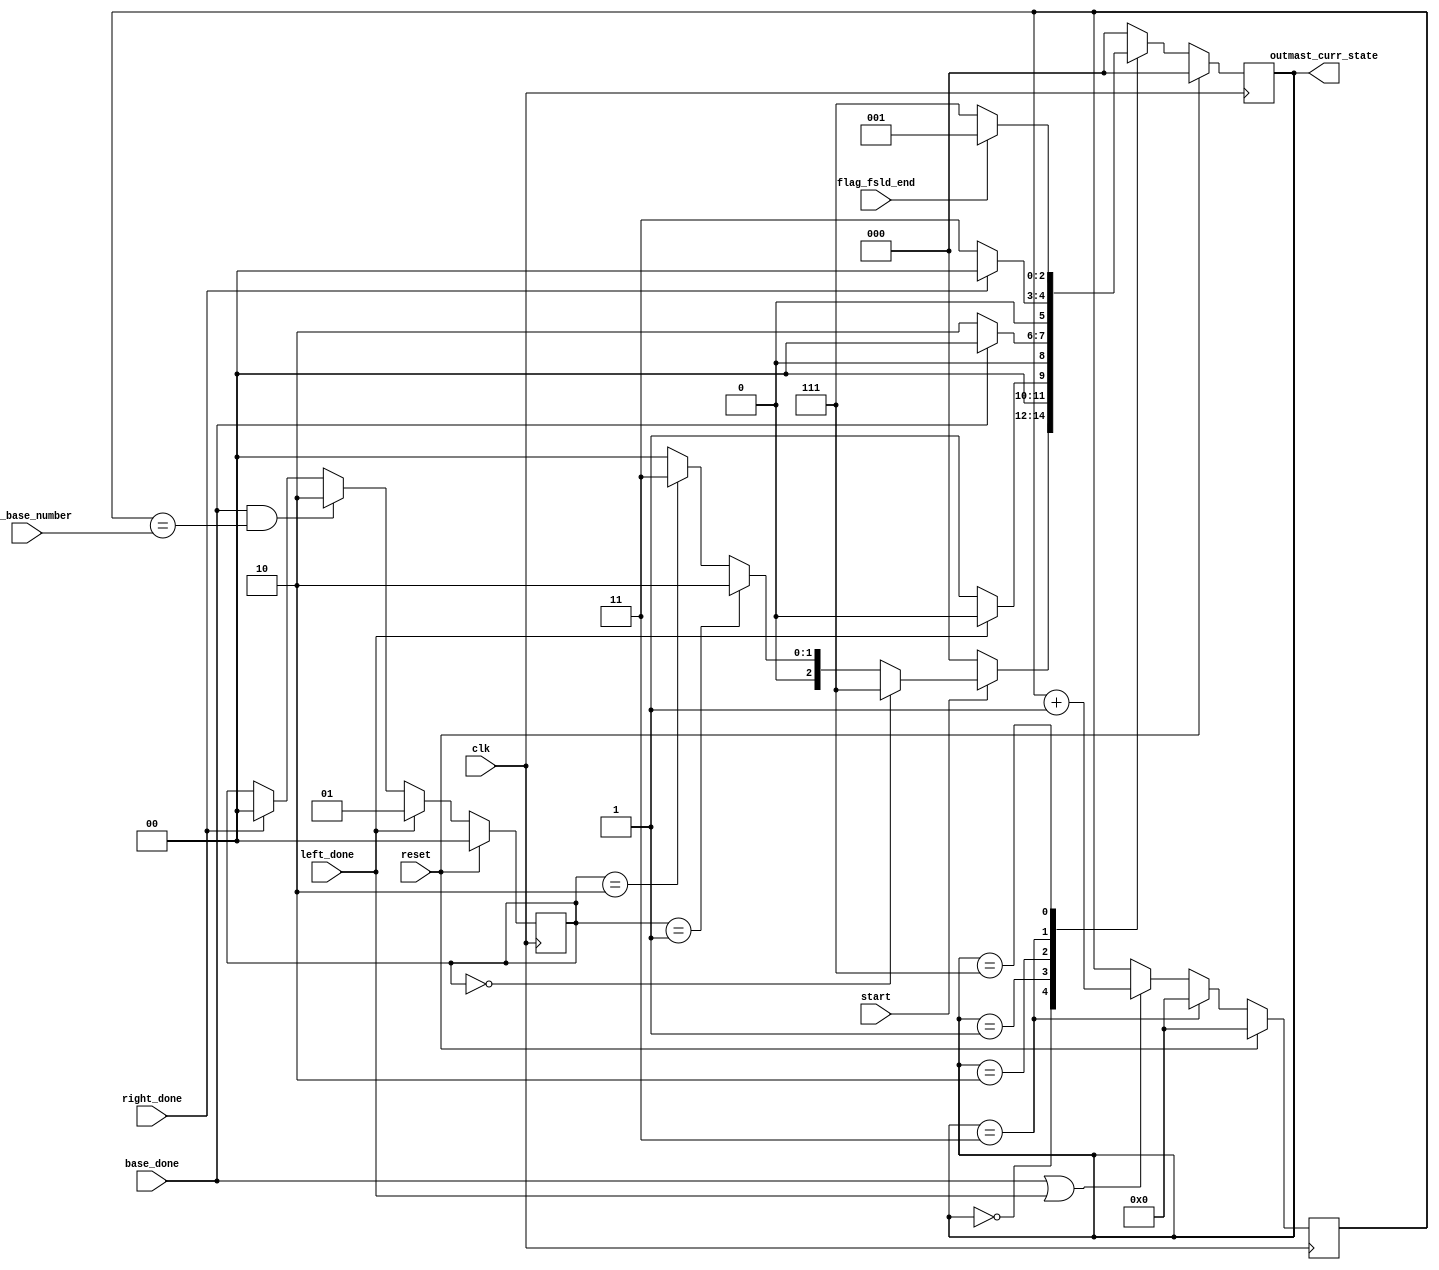
// ============================================================================
// Designer : Yi_Yuan Chen
// Create   : 2022.09.19
// Ver      : 2.0
// Func     : master and slave FSM, use curr_of_row control, only FSLD and LEFT
// 				for 64 MACs version DLA.
// 		2022.11.15 : remove slav fsm, 
// ============================================================================
// finite state machine

`timescale 1ns/100ps
module fsm64 (
	clk
	,	reset
	,	start 	
	,	outmast_curr_state	
	,	flag_fsld_end 	
	,	left_done 
	,	base_done
	,	right_done	
	
	//  configuration
	,	cfg_base_number

);
//------- master FSM parameter -----------
localparam MAST_FSM_BITS 	= 3;
localparam M_IDLE 	= 3'd0;
localparam LEFT 	= 3'd1;
localparam BASE 	= 3'd2;
localparam RIGHT 	= 3'd3;
localparam FSLD 	= 3'd7;	// First load sram0
//---------------------------------------------


output wire  [ MAST_FSM_BITS -1 : 0 ] outmast_curr_state ;


input wire clk ;
input wire reset ;

input wire flag_fsld_end ;
input wire start ;
input wire left_done ;
input wire base_done ;
input wire right_done ;

input wire [5:0] cfg_base_number; //config 

reg [ MAST_FSM_BITS -1 : 0 ] mast_curr_state ;
reg [ MAST_FSM_BITS -1 : 0 ] mast_next_state ;

reg [1:0] block_finish;
reg [5:0] base_numebr;


assign outmast_curr_state = mast_curr_state ;

always @ (posedge clk)begin
	if(reset)
		base_numebr <= 0;
	else if(mast_curr_state == RIGHT)
		base_numebr <= 0;
	else if(base_done || left_done)
		base_numebr <= base_numebr + 1;
	else
		base_numebr <= base_numebr;
end



always @ (posedge clk)begin
	if(reset)
		block_finish <= 0;
	else if(left_done)
		block_finish <= 1;
	else if(base_done && base_numebr == cfg_base_number)
		block_finish <= 2;
	else if(right_done)
		block_finish <= 0;
	else
		block_finish <= block_finish;
end


always@(*)begin
	case( mast_curr_state )
		M_IDLE 	:	mast_next_state = ( start )? (block_finish == 0)? FSLD : ( block_finish == 1)? BASE : (block_finish == 2)? RIGHT : M_IDLE : M_IDLE;
		LEFT 	:	mast_next_state = ( left_done )? M_IDLE : LEFT ;
		BASE 	:	mast_next_state = ( base_done )? M_IDLE : BASE ;
		RIGHT 	:	mast_next_state = ( right_done )? M_IDLE : RIGHT ;
		FSLD 	:	mast_next_state = ( flag_fsld_end )? LEFT : FSLD ;
		default :	mast_next_state = M_IDLE ;
	endcase	
end


always@( posedge clk )begin
	if( reset )begin
		mast_curr_state <= M_IDLE	;
	end 
	else begin
		mast_curr_state <= mast_next_state	;
	end
end




endmodule